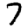
Digit: 7